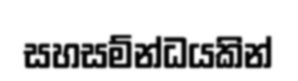
සහසම්න්ධයකින්